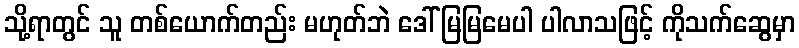
သို့ရာတွင် သူ တစ်ယောက်တည်း မဟုတ်ဘဲ ဒေါ်မြမြမေပါ ပါလာသဖြင့် ကိုသက်ဆွေမှာ